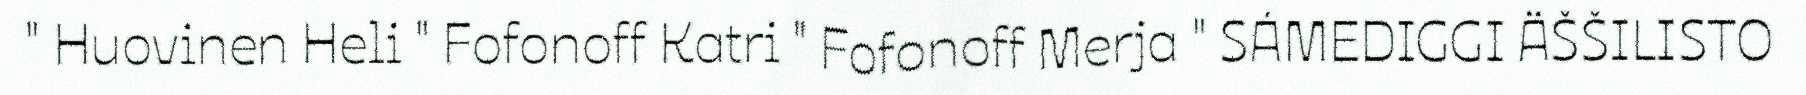
" Huovinen Heli " Fofonoff Katri " Fofonoff Merja " SÁMEDIGGI ÄŠŠILISTO